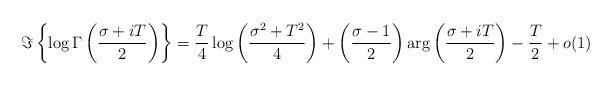
LaTeX: \begin{align*} \Im \left\{\log \Gamma\left(\frac{\sigma+iT}{2}\right)\right\}&= \frac{T}{4}\log \left(\frac{\sigma^2+T^2}{4}\right)+\left(\frac{\sigma-1}{2}\right)\arg\left(\frac{\sigma+iT}{2}\right)-\frac{T}{2}+o(1) \end{align*}